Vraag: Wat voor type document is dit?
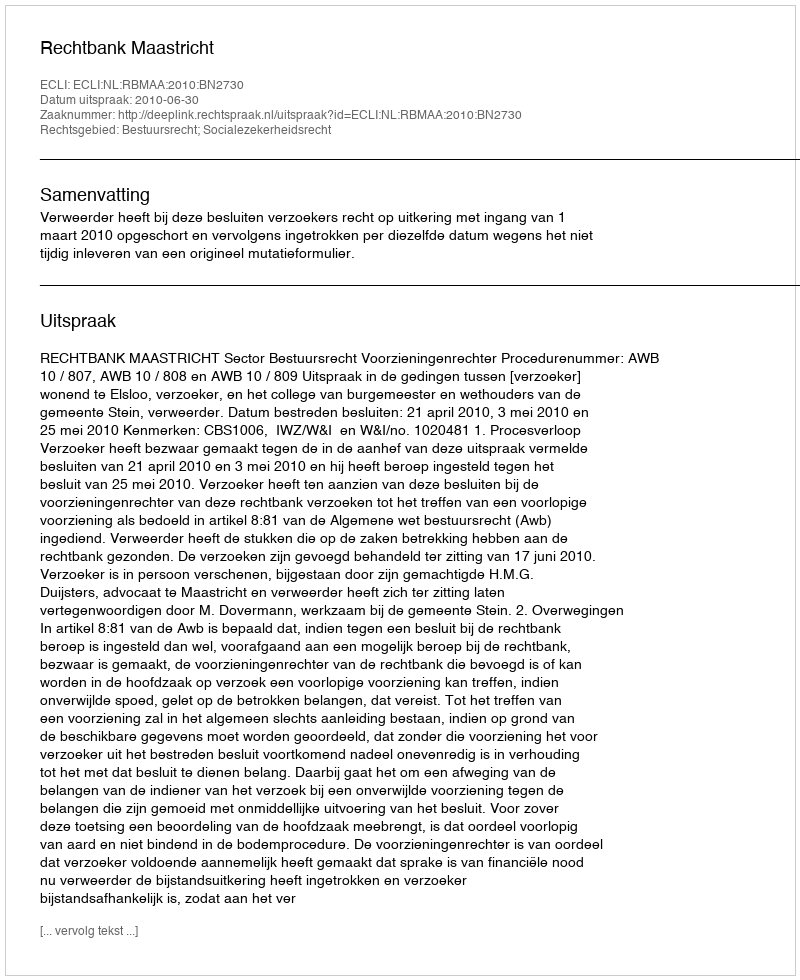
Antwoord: Uitspraak